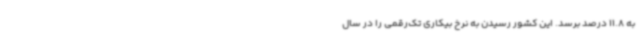
به 11.8 درصد برسد. این کشور رسیدن به نرخ بیکاری تک‌رقمی را در سال